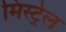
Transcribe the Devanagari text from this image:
मिंस्ट्रेल